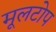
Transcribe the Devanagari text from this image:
मूलटोप